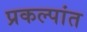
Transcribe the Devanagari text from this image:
प्रकल्पांत